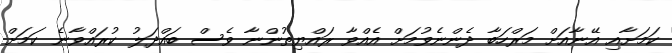
ކަމަށާއި އޭނާއަށް މަރްހަބާ ދެންނެވުމަށް އެއްވާ ރައްޔިތުންނާ ވެސް ބައްދަލު ކުރައްވާނެ ކަމަށް